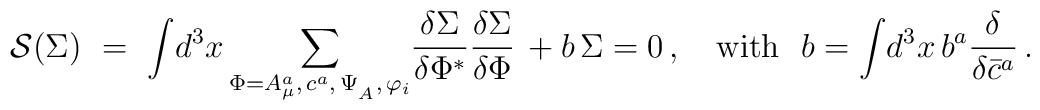
{\cal S}(\Sigma )\,\, =\,\, \displaystyle{\int} d^3x\, \displaystyle{\sum_{\Phi =A_\mu^a,\,c^a,\,\Psi_{_A},\,\varphi_i}^{}} {\displaystyle{\frac{\delta\Sigma }{\delta \Phi^{*}}}}{\displaystyle{\frac{\delta \Sigma }{\delta\Phi }}} \, +b\, \Sigma = 0 \,,\quad\mbox{with } \ b = \displaystyle{\int}d^3x\, b^a{{\displaystyle{\frac{\delta}{\delta \bar{c}^a}}}}\,.